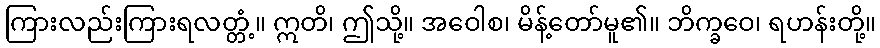
ကြားလည်းကြားရလတ္တံ့။ ဣတိ၊ ဤသို့။ အဝေါစ၊ မိန့်တော်မူ၏။ ဘိက္ခဝေ၊ ရဟန်းတို့။